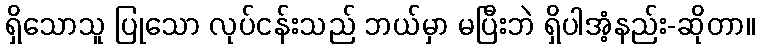
ရှိသောသူ ပြုသော လုပ်ငန်းသည် ဘယ်မှာ မပြီးဘဲ ရှိပါအံ့နည်း-ဆိုတာ။